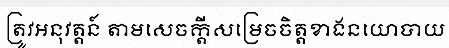
ត្រូវអនុវត្តន៍ តាមសេចក្តីសម្រេចចិត្តខាងនយោបាយ